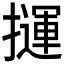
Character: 𢶂